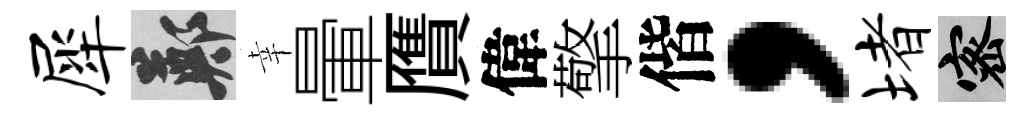
犀鄭幸暈贋偉擎偕，堵密